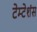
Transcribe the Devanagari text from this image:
टेम्टेशंस